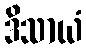
ဒိသာယံ